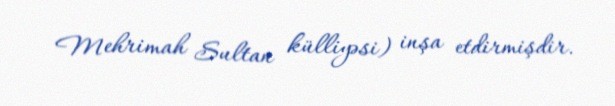
Mehrimah Sultan külliyəsi) inşa etdirmişdir.